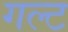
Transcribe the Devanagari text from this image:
गल्ट